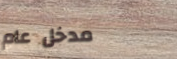
مدخل عام